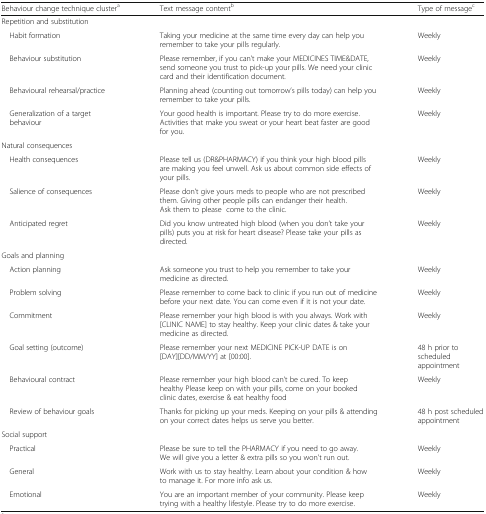
<table><thead><tr><td><b>Behaviour change technique cluster<sup>a</sup></b></td><td><b>Text message content<sup>b</sup></b></td><td><b>Type of message<sup>c</sup></b></td></tr></thead><tbody><tr><td colspan="3">Repetition and substitution</td></tr><tr><td> Habit formation</td><td>Taking your medicine at the same time every day can help you remember to take your pills regularly.</td><td>Weekly</td></tr><tr><td> Behaviour substitution</td><td>Please remember, if you can’t make your MEDICINES TIME&amp;DATE, send someone you trust to pick-up your pills. We need your clinic card and their identification document.</td><td>Weekly</td></tr><tr><td> Behavioural rehearsal/practice</td><td>Planning ahead (counting out tomorrow’s pills today) can help you remember to take your pills.</td><td>Weekly</td></tr><tr><td> Generalization of a target behaviour</td><td>Your good health is important. Please try to do more exercise. Activities that make you sweat or your heart beat faster are good for you.</td><td>Weekly</td></tr><tr><td colspan="3">Natural consequences</td></tr><tr><td> Health consequences</td><td>Please tell us (DR&amp;PHARMACY) if you think your high blood pills are making you feel unwell. Ask us about common side effects of your pills.</td><td>Weekly</td></tr><tr><td> Salience of consequences</td><td>Please don’t give yours meds to people who are not prescribed them. Giving other people pills can endanger their health. Ask them to please come to the clinic.</td><td>Weekly</td></tr><tr><td> Anticipated regret</td><td>Did you know untreated high blood (when you don’t take your pills) puts you at risk for heart disease? Please take your pills as directed.</td><td>Weekly</td></tr><tr><td colspan="3">Goals and planning</td></tr><tr><td> Action planning</td><td>Ask someone you trust to help you remember to take your medicine as directed.</td><td>Weekly</td></tr><tr><td> Problem solving</td><td>Please remember to come back to clinic if you run out of medicine before your next date. You can come even if it is not your date.</td><td>Weekly</td></tr><tr><td> Commitment</td><td>Please remember your high blood is with you always. Work with [CLINIC NAME] to stay healthy. Keep your clinic dates &amp; take your medicine as directed.</td><td>Weekly</td></tr><tr><td> Goal setting (outcome)</td><td>Please remember your next MEDICINE PICK-UP DATE is on [DAY][DD/MM/YY] at [00:00].</td><td>48 h prior to scheduled appointment</td></tr><tr><td> Behavioural contract</td><td>Please remember your high blood can’t be cured. To keep healthy Please keep on with your pills, come on your booked clinic dates, exercise &amp; eat healthy food</td><td>Weekly</td></tr><tr><td> Review of behaviour goals</td><td>Thanks for picking up your meds. Keeping on your pills &amp; attending on your correct dates helps us serve you better.</td><td>48 h post scheduled appointment</td></tr><tr><td colspan="3">Social support</td></tr><tr><td> Practical</td><td>Please be sure to tell the PHARMACY if you need to go away. We will give you a letter &amp; extra pills so you won’t run out.</td><td>Weekly</td></tr><tr><td> General</td><td>Work with us to stay healthy. Learn about your condition &amp; how to manage it. For more info ask us.</td><td>Weekly</td></tr><tr><td> Emotional</td><td>You are an important member of your community. Please keep trying with a healthy lifestyle. Please try to do more exercise.</td><td>Weekly</td></tr></tbody></table>